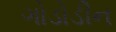
ગોડોડીન